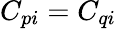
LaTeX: C_{pi}=C_{qi}